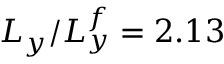
L _ { y } / L _ { y } ^ { f } = 2 . 1 3